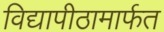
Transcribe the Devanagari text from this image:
विद्यापीठामार्फत